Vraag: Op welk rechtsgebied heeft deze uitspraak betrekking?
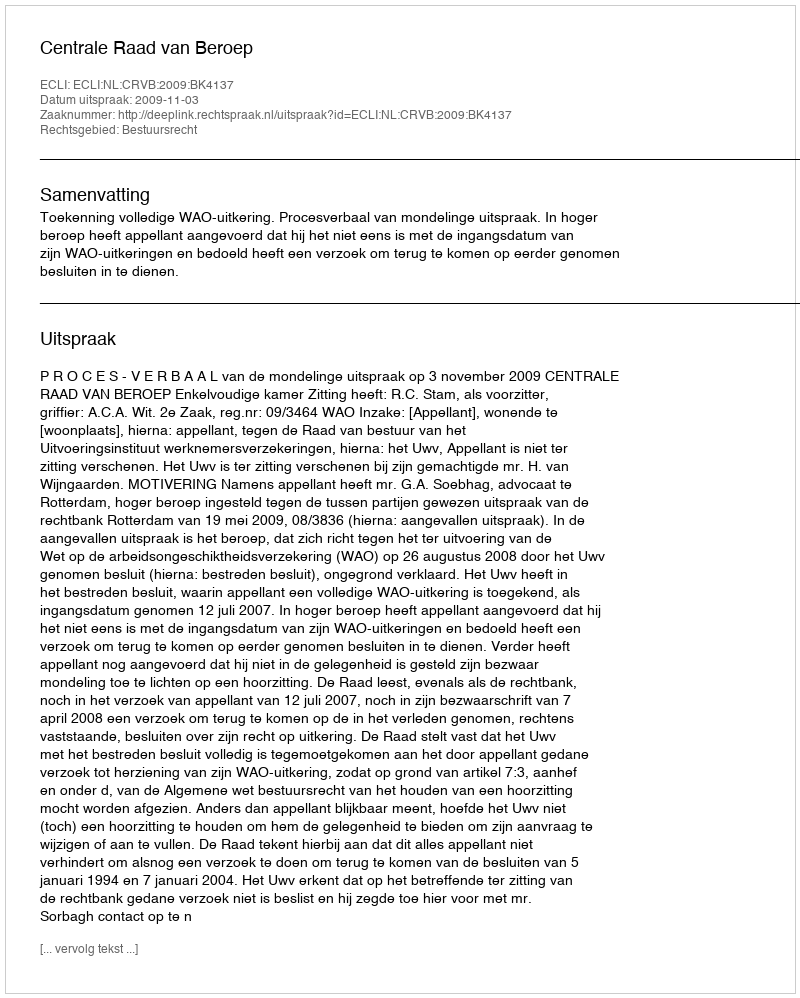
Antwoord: Bestuursrecht